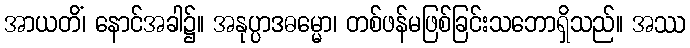
အာယတိံ၊ နောင်အခါ၌။ အနုပ္ပာဒဓမ္မော၊ တစ်ဖန်မဖြစ်ခြင်းသဘောရှိသည်။ အဿ